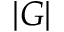
| G |